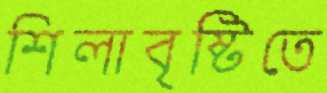
শিলাবৃষ্টিতে